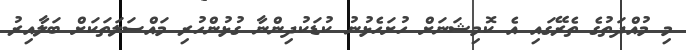
މި މުއްދަތުގެ ތެރޭގައި އެ ކޮމިޝަނަށް ހުށަހެޅުނު ކުޑަކުދިންނާ ގުޅުންހުރި މައްސަލަތަކަށް ބަލާއިރު